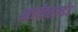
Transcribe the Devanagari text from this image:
आलॅक्सान्डॅर